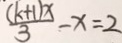
\frac { ( k + 1 ) x } { 3 } - x = 2